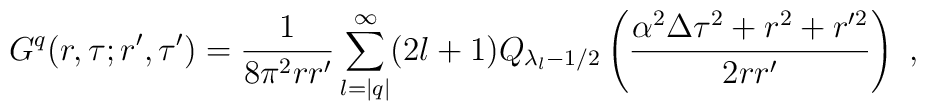
G^q(r,\tau;r',\tau')=\frac1{8\pi^2rr'}\sum_{l=|q|}^\infty(2l+1)Q_{\lambda_l-1/2}\left(\frac{\alpha^2\Delta\tau^2+r^2+r'^2}{2rr'}\right) \ ,